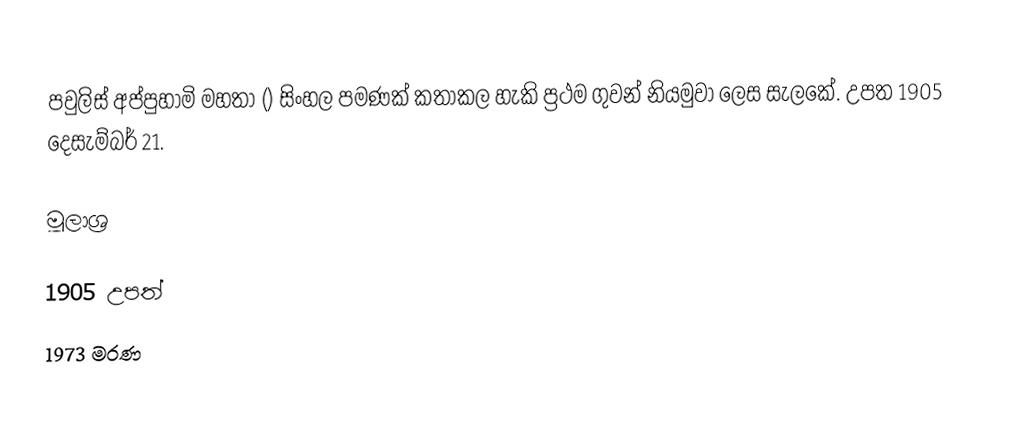
පවුලිස් අප්පුහාමි මහතා () සිංහල පමණක් කතාකල හැකි ප්‍රථම ගුවන් නියමුවා ලෙස සැලකේ. උපත 1905 දෙසැම්බර් 21.

මූලාශ්‍ර

1905 උපත්
1973 මරණ